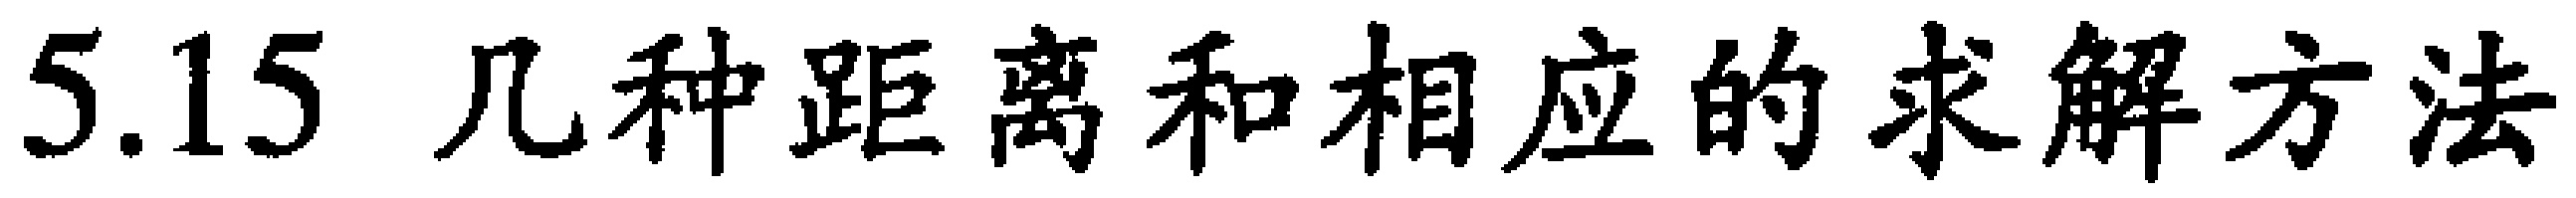
5.15 几种距离和相应的求解方法